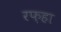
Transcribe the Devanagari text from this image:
रफ़हा